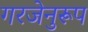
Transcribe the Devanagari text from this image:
गरजेनुरूप